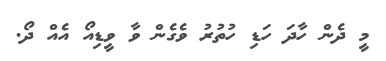
މީ ދެން ހާދަ ހަޑި ހުތުރު ވެގެން ވާ ވީޑިއޯ އެއް ދޯ.